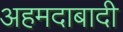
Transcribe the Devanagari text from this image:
अहमदाबादी